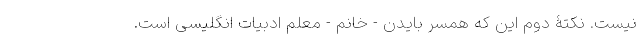
نیست. نکتۀ دوم این که همسر بایدن - خانم - معلم ادبیات انگلیسی است.